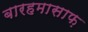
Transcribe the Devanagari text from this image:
बारहमासाफ़